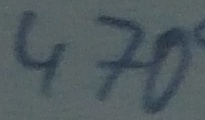
Text: 470